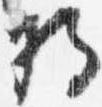
将